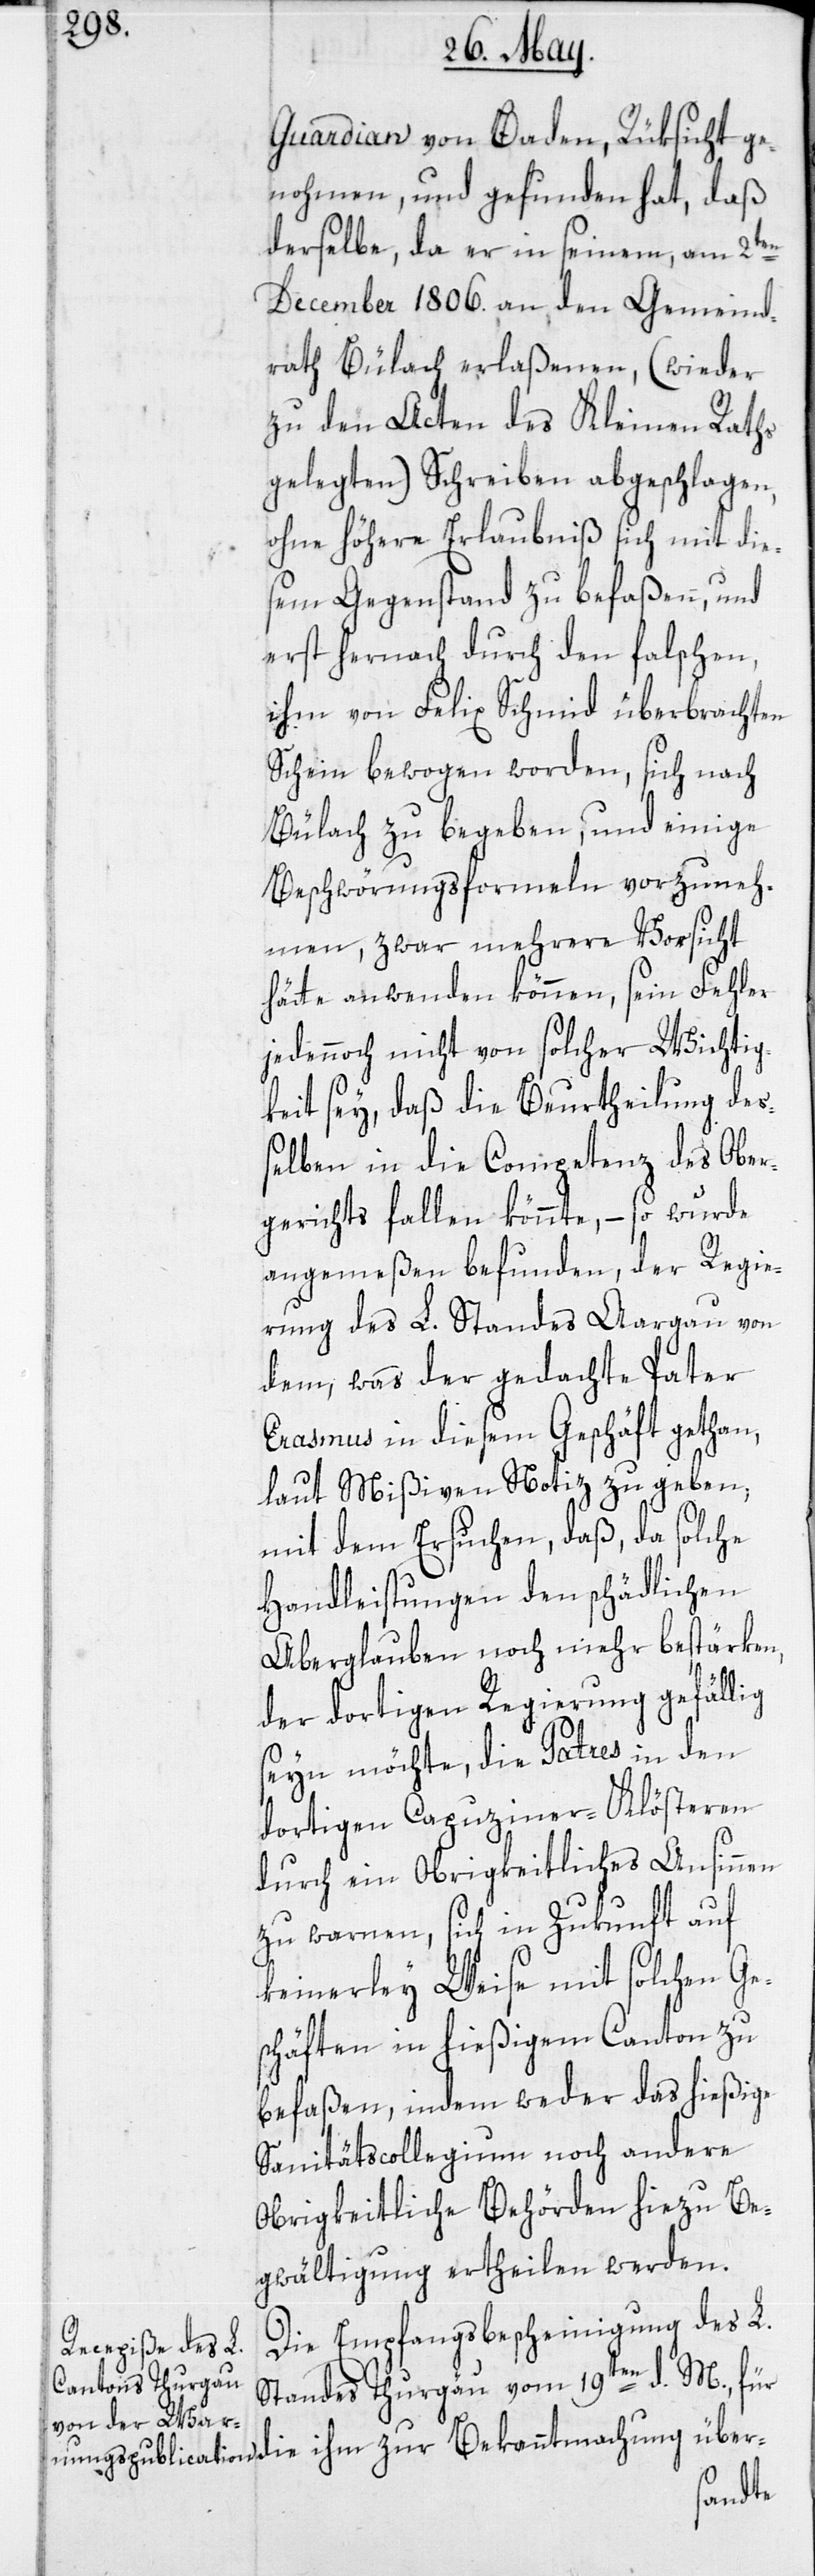
Guardian von Baden, Rüksicht ge¬
nohmen, und gefunden hat, daß
derselbe, da er in seinem, am 2ten
December 1806. an den Gemeind¬
rath Bülach erlaßenen, (wieder
zu den Acten des Kleinen Raths
gelegten) Schreiben abgeschlagen,
ohne höhere Erlaubniß sich mit die¬
sem Gegenstand zu befaßen, und
erst hernach durch den falschen,
ihm von Felix Schmid überbrachten
Schein bewogen worden, sich nach
Bülach zu begeben, und einige
Beschwörungsformeln vorzuneh¬
men, zwar mehrere Vorsicht
hätte anwenden können, sein Fehler
jedennoch nicht von solcher Wichtig¬
keit sey, daß die Beurtheilung des¬
selben in die Competenz des Ober¬
gerichts fallen könnte, – so wurde
angemeßen befunden, der Regie¬
rung des L. Standes Aargau von
dem, was der gedachte Pater
Erasmus in diesem Geschäft gethan,
laut Mißiven Notiz zu geben;
mit dem Ersuchen, daß, da solche
Handleistungen den schädlichen
Aberglauben noch mehr bestärken,
der dortigen Regierung gefällig
seyn möchte, die Patres in den
dortigen Capuziner-Klösteren
durch ein Obrigkeitliches Ansinnen
zu warnen, sich in Zukunft auf
keinerley Weise mit solchen Ge¬
schäften in hießigem Canton zu
befaßen, indem weder das hießige
Sanitätscollegium noch andere
Obrigkeitliche Behörden hiezu Be¬
gwältigung ertheilen werden.
Die Empfangsbescheinigung des L.
Standes Thurgau vom 19ten d. M., für